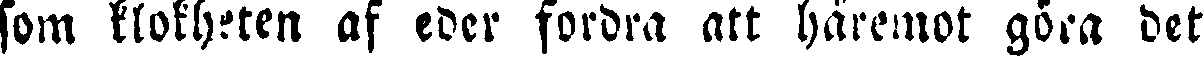
som klokheten af eder fordra att häremot göra det